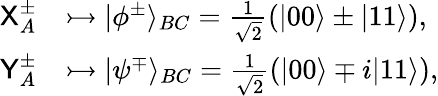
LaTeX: \begin{array}{rl}{\textsf{X}_{A}^{\pm}}&{\rightarrowtail\vert\phi^{\pm}\rangle_{BC}=\frac{1}{\sqrt{2}}(\vert 00\rangle\pm\vert 11\rangle),}\\ {\textsf{Y}_{A}^{\pm}}&{\rightarrowtail\vert\psi^{\mp}\rangle_{BC}=\frac{1}{\sqrt{2}}(\vert 00\rangle\mp i\vert 11\rangle),}\end{array}